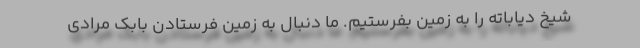
شیخ دیاباته را به زمین بفرستیم. ما دنبال به زمین فرستادن بابک مرادی